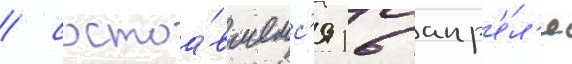
/ состоа́вшемс'я 16 апр'е́л'я